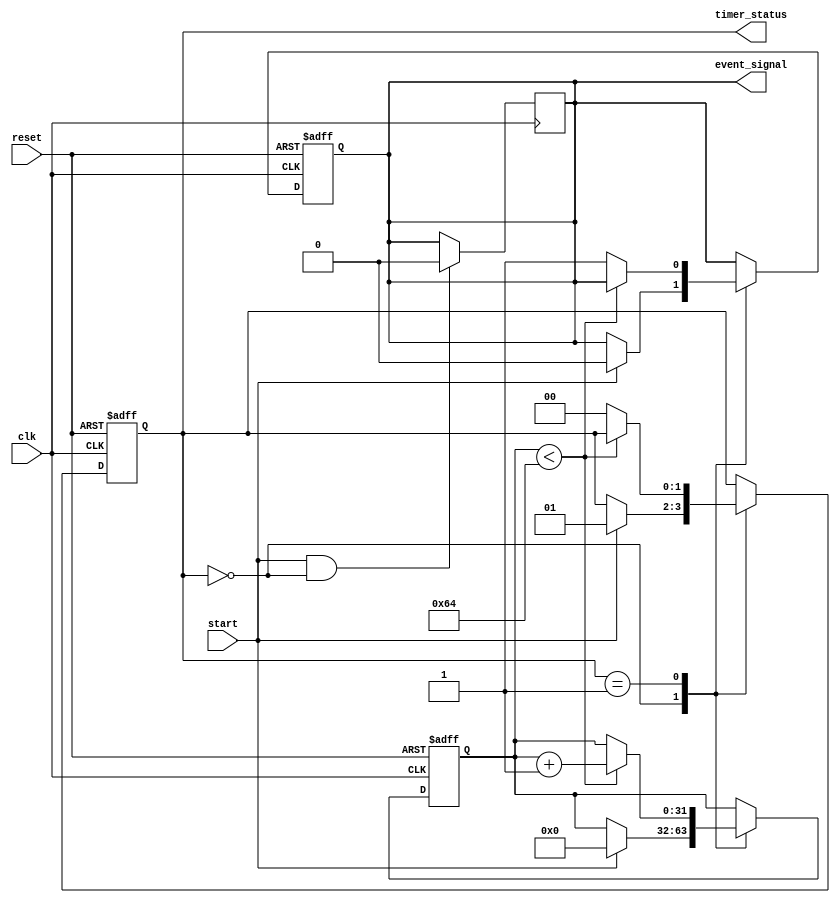
module TimerEventControl #(parameter TIME_DURATION = 100) (
    input wire clk,              // Clock signal
    input wire start,            // Start signal to initiate the timer
    input wire reset,            // Reset signal to reset the timer
    output reg event_signal,      // Event signal indicating the event occurrence
    output reg [1:0] timer_status // Timer status: 0 = stopped, 1 = running, 2 = reset
);

    reg [31:0] timer_count;      // Timer counter

    // State Definitions
    localparam IDLE = 2'b00;     // Timer is stopped
    localparam RUNNING = 2'b01;  // Timer is running
    localparam RESET = 2'b10;    // Timer is reset

    always @(posedge clk or posedge reset) begin
        if (reset) begin
            // Reset condition
            timer_count <= 0;
            event_signal <= 0;
            timer_status <= RESET;
        end else begin
            case (timer_status)
                IDLE: begin
                    if (start) begin
                        // Start counting
                        timer_count <= 0;
                        event_signal <= 0;
                        timer_status <= RUNNING;
                    end
                end
                RUNNING: begin
                    if (timer_count < TIME_DURATION) begin
                        // Increment counter
                        timer_count <= timer_count + 1;
                    end else begin
                        // Timer reached specified duration
                        event_signal <= 1;
                        timer_status <= IDLE; // Go back to IDLE state
                    end
                end
            endcase
        end
    end

    // Optional to clear event_signal on next start
    always @(posedge clk) begin
        if (start && timer_status == IDLE) begin
            event_signal <= 0; // Clear event signal when starting new timer
        end
    end

endmodule